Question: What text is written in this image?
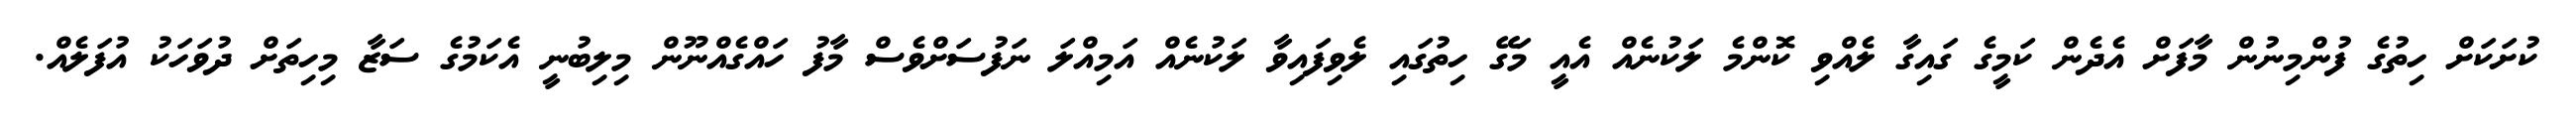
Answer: ކުށަކަށް ހިތުގެ ފުންމިނުން މާފަށް އެދެން ކަމީގެ ގައިގާ ލެއްވި ކޮންމެ ލަކުނެއް އެއީ މަގޭ ހިތުގައި ލެވިފައިވާ ލަކުނެއް އަމިއްލަ ނަފުސަށްވެސް މާފު ހައްގެއްނޫން މިލިބުނީ އެކަމުގެ ސަޒާ މިހިތަށް ދުވަހަކު އުފަލެއް.